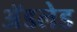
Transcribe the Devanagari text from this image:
अॅडलेड